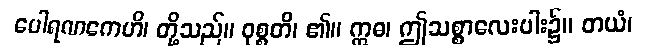
ပေါရဏကေဟိ၊ တို့သည်။ ဝုစ္စတိ၊ ၏။ ဣဓ၊ ဤသစ္စာလေးပါး၌။ တယံ၊